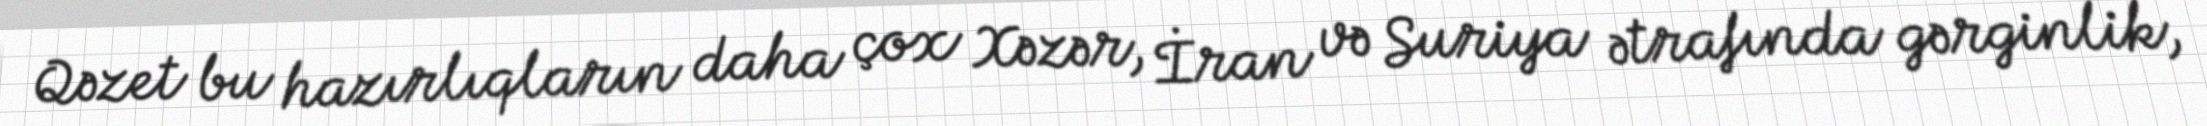
Qəzet bu hazırlıqların daha çox Xəzər, İran və Suriya ətrafında gərginlik,